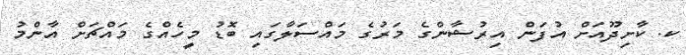
ކ. ކާށިދޫއަށް އުފަން އިރުޝާންގެ މަރުގެ މައްސަލާގައި ބޮޑު މީހެއްގެ މައްޗަށް އާންމު